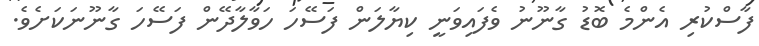
ފާސްކުރި އެންމެ ބޮޑު ގާނޫނު ވެފައިވަނީ ކިޔާލަން ފަސޭހަ ހަވާލާދޭން ފަސޭހަ ގާނޫނަކަށެވެ.